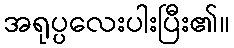
အရုပ္ပလေးပါးပြီး၏။